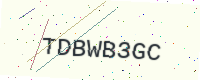
Text: TDBWB3GC